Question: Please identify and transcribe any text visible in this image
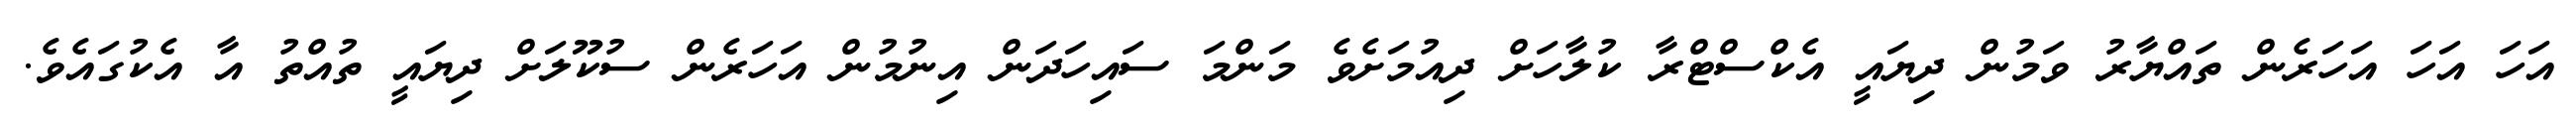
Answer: އަހަ އަހަ އަހަރެން ތައްޔާރު ވަމުން ދިޔައީ އެކްސްޓްރާ ކުލާހަށް ދިއުމަށެވެ މަންމަ ސައިހަދަން އިނުމުން އަހަރެން ސުކޫލަށް ދިޔައީ ތުއްތު އާ އެކުގައެވެ.